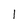
Character: I